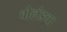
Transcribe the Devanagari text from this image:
बोलंडचा